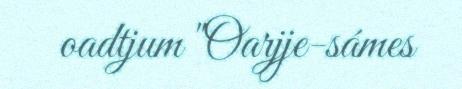
oadtjum "Oarjje-sámes